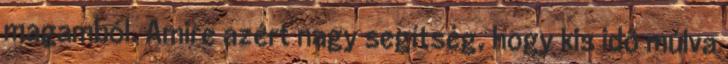
magamból. Amire azért nagy segítség, hogy kis idő múlva